Indian journal of veterinary science and animal husbandry - Volume 11,
Year: 1941
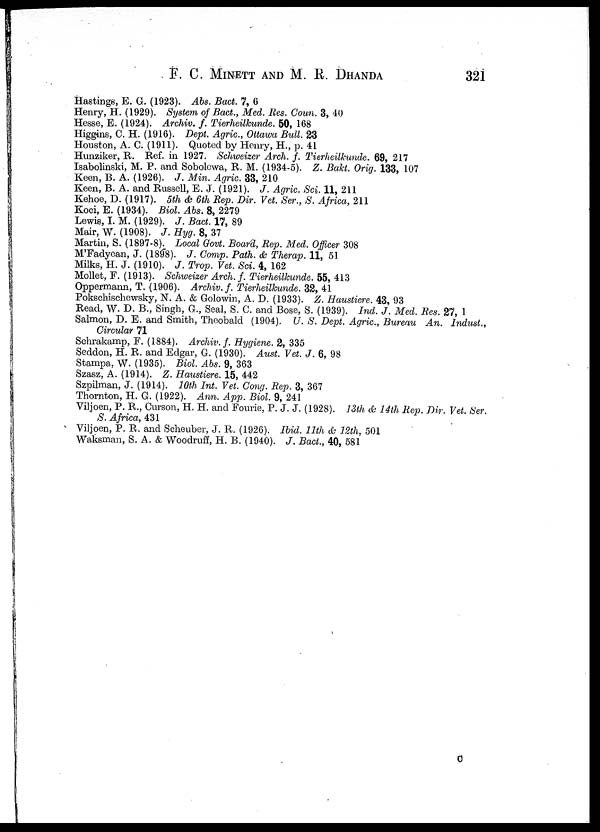
F. C. MINETT AND M. R.
DHANDA
321
Hastings, E. G. (1923). Abs. Bact. 7, 6
Henry, H. (1929). System of Bact., Med. Res. Coun. 3, 40
Hesse, E. (1924). Archiv. f. Tierheilkunde. 50, 168
Higgins, C. H. (1916). Dept. Agric., Ottawa Bull. 23
Houston, A. C. (1911). Quoted by Henry, H., p. 41
Hunziker, R. Ref. in 1927. Schweizer Arch. f. Tierheilkunde. 69, 217
Isabolinski, M. P. and Sobolewa, R. M. (1934-5). Z. Bakt. Orig. 133, 107
Keen, B. A. (1926). J. Min. Agric. 33, 210
Keen, B. A. and Russell, E. J. (1921). J. Agric. Sci. 11, 211
Kehoe, D. (1917). 5th & 6th Rep. Dir. Vet. Ser., S. Africa, 211
Koci, E. (1934). Biol. Abs. 8, 2279
Lewis, I. M. (1929). J. Bact. 17, 89
Mair, W. (1908). J. Hyg. 8, 37
Martin, S. (1897-8). Local Govt. Board, Rep. Med. Officer 308
M'Fadyean, J. (1898). J. Comp. Path. & Therap. 11, 51
Milks, H. J. (1910). J. Trop. Vet. Sci. 4, 162
Mollet, F. (1913). Schweizer Arch. f. Tierheilkunde. 55, 413
Oppermann, T. (1906). Archiv. f. Tierheilkunde. 32, 41
Pokschischewsky, N. A. & Golowin, A. D. (1933). Z. Haustiere. 43, 93
Read, W. D. B., Singh, G., Seal, S. C. and Bose, S. (1939). Ind. J. Med. Res. 27, 1
Salmon, D. E. and Smith, Theobald (1904). U. S. Dept. Agric., Bureau An. Indust.,
Circular 71
Schrakamp, F. (1884). Archiv. f. Hygiene. 2, 335
Seddon, H. R. and Edgar, G. (1930). Aust. Vet. J. 6, 98
Stampa, W. (1935). Biol. Abs. 9, 363
Szasz, A. (1914). Z. Haustiere. 15, 442
Szpilman, J. (1914). 10th Int. Vet. Cong. Rep. 3, 367
Thornton, H. G. (1922). Ann. App. Biol. 9, 241
Viljoen, P. R., Curson, H. H. and Fourie, P. J. J. (1928). 13th & 14th Rep. Dir. Vet. Ser.
S. Africa, 431
Viljoen, P. R. and Scheuber, J. R. (1926). Ibid. 11th & 12th, 501
Waksman, S. A. & Woodruff, H. B. (1940). J. Bact., 40, 581